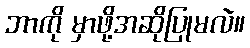
ဘာကို မှာဖို့အဆိုပြုမလဲ။